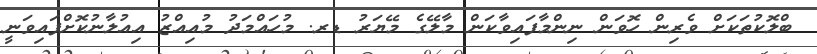
ބްލޮކުތަކަށް ވެރިން ހޮވަން ނިންމާފައިވާކަން މާލޭގެ މޭޔަރު ޑރ. މުހައްމަދު މުއިއްޒު އިއުލާނުކޮށްފައިވަނީ